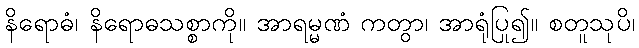
နိရောဓံ၊ နိရောဓသစ္စာကို။ အာရမ္မဏံ ကတွာ၊ အာရုံပြု၍။ စတူသုပိ၊